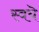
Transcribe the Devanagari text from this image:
स्वयॆ